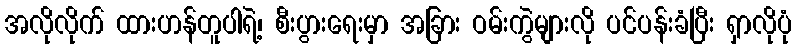
အလိုလိုက် ထားဟန်တူပါရဲ့၊ စီးပွားရေးမှာ အခြား ဝမ်းကွဲများလို ပင်ပန်းခံပြီး ရှာလိုပုံ